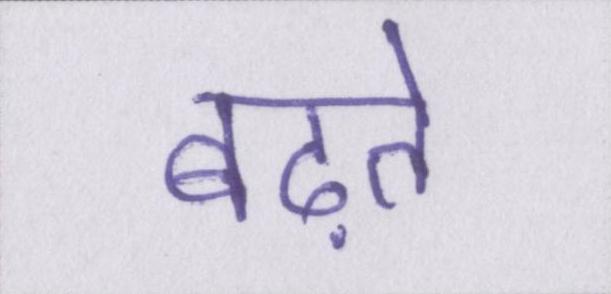
बढ़ते